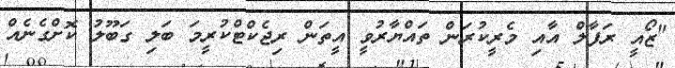
"ޒޯއީ ރަފާލް އާއި މެރީކުރަން ތައްޔާރުވީ އީތަން ރިޖެކްޓްކުރީމަ ބަލި ގަބޫލު ކޮށްގެނެއް